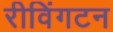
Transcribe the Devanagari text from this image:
रीविंगटन